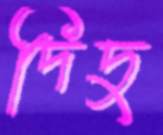
দিদু